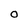
Character: O